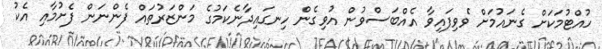
ހުއްޓުމަކަށް ގެނައުމަށް ވެވިފައިވާ އެއްބަސްވުން އުވިގެން ހިނގައިދާނެކަމުގެ މަންޒަރުތައް ފެންނަން ފެށުމާއި އެކު